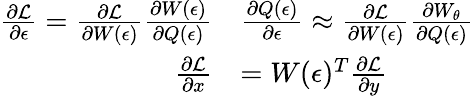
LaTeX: \begin{array}{rl}{\frac{\partial\mathcal{L}}{\partial\epsilon}=\frac{\partial\mathcal{L}}{\partial W(\epsilon)}\frac{\partial W(\epsilon)}{\partial Q(\epsilon)}}&{\frac{\partial Q(\epsilon)}{\partial\epsilon}\approx\frac{\partial\mathcal{L}}{\partial W(\epsilon)}\frac{\partial W_{\theta}}{\partial Q(\epsilon)}}\\ {\frac{\partial\mathcal{L}}{\partial x}}&{=W(\epsilon)^{T}\frac{\partial\mathcal{L}}{\partial y}}\end{array}